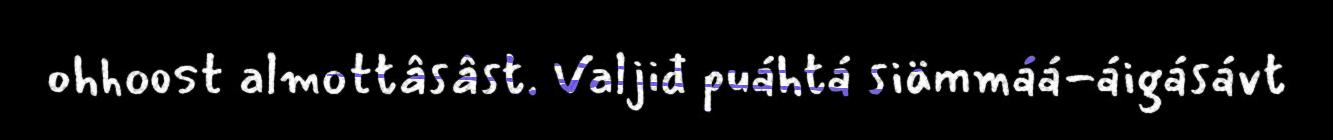
ohhoost almottâsâst. Valjiđ puáhtá siämmáá-áigásávt